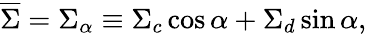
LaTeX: \overline{{\Sigma}}=\Sigma_{\alpha}\equiv\Sigma_{c}\cos\alpha+\Sigma_{d}\sin\alpha,